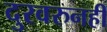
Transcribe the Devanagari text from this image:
दुरवरुनही